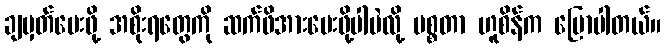
ချမှတ်ပေးဖို့ အစိုးရတွေကို ဆက်ဖိအားပေးဖို့ပါပဲလို့ မစ္စတာ ဟူစိန်က ပြောပါတယ်။